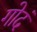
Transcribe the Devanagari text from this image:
गोदं